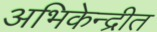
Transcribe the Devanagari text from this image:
अभिकेन्द्रीत